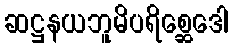
ဆဋ္ဌနယဘူမိပရိစ္ဆေဒေါ